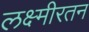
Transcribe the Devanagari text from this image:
लक्ष्मीरतन